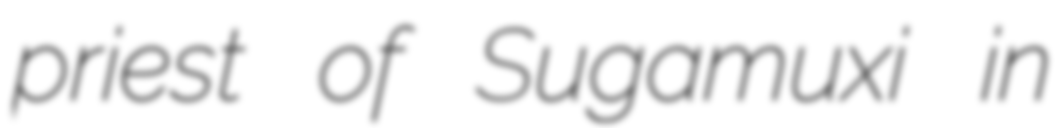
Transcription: priest of Sugamuxi in